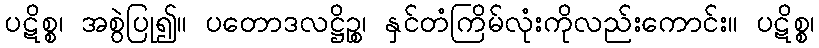
ပဋိစ္စ၊ အစွဲပြု၍။ ပတောဒလဋ္ဌိဉ္စ၊ နှင်တံကြိမ်လုံးကိုလည်းကောင်း။ ပဋိစ္စ၊